Source: Handwritten
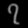
Digit: ၇ (7)